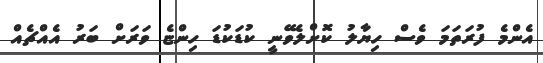
އެންމެ ފުރަތަމަ ވެސް ހިޔާލު ކޮށްލެވޭނީ ކުޑަކުޑަ ހިންޏެ ވަރަށް ބަރު އެއްޗެއް